Report on sanitation, dispensaries, and jails in Rajputana for 1912, and on vaccination for the year 1912-1913 - 1912-1913
Year: 1912
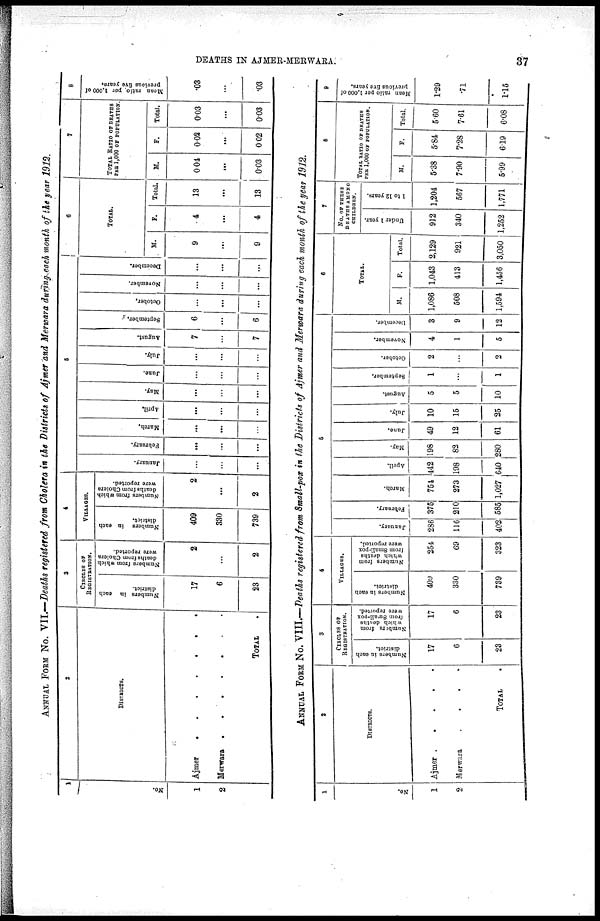
DEATHS IN AJMER-MERWARA.
37
ANNUAL FORM No. VII—Deaths registered from Cholera in the Districts of Ajmer and Merwara during each month of the year 1912.
1
No.
1
2
2
DISTRICTS.
Ajmer
.
.
.
.
.
.
.
Merwara .
.
.
.
.
.
.
TOTAL .
3
CIRCLES OF
REGISTRATION.
Numbers in each
district.
17
6
23
Numbers from which
deaths from Cholera
were reported.
2
...
2
4
VILLAGES.
Numbers in each
district.
409
330
739
Numbers from which
deaths from Cholera
were reported.
2
...
2
5
January.
...
...
...
February.
...
...
...
March.
...
...
...
April.
...
...
...
May.
...
...
...
June.
...
...
...
July.
...
...
...
August.
7
...
7
September.
6
...
6
October.
...
...
...
November.
...
...
...
December.
...
...
...
6
TOTAL.
M.
9
...
9
F.
4
...
4
Total.
13
...
13
7
TOTAL RATIO OF DEATHS
PER 1,000 OF POPULATION.
M.
0.04
...
0.03
F.
0.02
...
0.02
Total.
0.03
...
0.03
8
Mean ratio per 1,000 of
previous five years.
.03
...
.03
ANNUAL FORM No. VIII.—Deaths registered from Small-pox in the Districts of Ajmer and Merwara during each month of the year 1912.
1
No.
1
2
2
DISTRICTS.
Ajmer . . . . .
Merwara
.
.
.
.
TOTAL
3
CIRCLES OF
REGISTRATION.
Numbers in each
district.
17
6
23
N umbers from
which deaths
from Small-pox
were reported.
17
6
23
4
VILLAGES.
Numbers in each
district.
409
330
739
Numbers from
which deaths
from Sma11-pox
were reported.
254
69
323
5
January.
286
116
402
February.
375
210
585
March.
754
273
1,027
April.
442
198
640
May.
198
82
280
June.
49
12
61
July.
10
15
25
August.
5
5
10
September.
1
...
1
October.
2
...
2
November.
4
1
5
December.
3
9
12
6
TOTAL.
M.
1,086
508
1,594
F.
1,043
413
1,456
Total.
2,129
921
3,050
7
No. OF THESE
DEATHS AMONG
CHILDREN.
Under 1 year.
912
340
1,252
1 to 12 years.
1,204
567
1,771
8
TOTAL RATIO OF DEATHS
PER 1,000 OF POPULATION.
M.
5.38
7.90
5.99
F.
5.84
7.28
6.19
Total.
5.60
7.61
6.08
9
Mean ratio per 1,000 of
previous five years.
1.29
.71
1.15